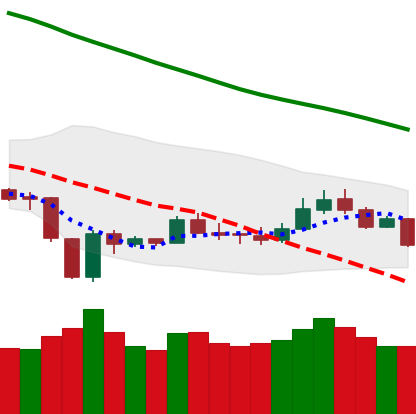
Ticker: LTC-USD
Chart end date: 2020-01-02
Forward return: 16.577%
Label: up_7plus